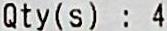
QTY(S) : 4